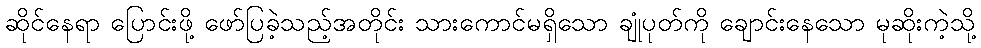
ဆိုင်နေရာ ပြောင်းဖို့ ဖော်ပြခဲ့သည့်အတိုင်း သားကောင်မရှိသော ချုံပုတ်ကို ချောင်းနေသော မုဆိုးကဲ့သို့